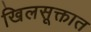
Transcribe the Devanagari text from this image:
खिलसूक्तात